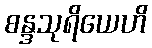
စန္ဒသုရိယေဟိ